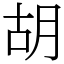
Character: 胡